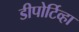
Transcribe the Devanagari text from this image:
डीपोर्टिव्हा